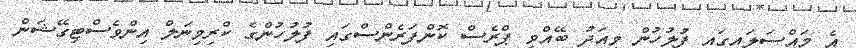
އެ މައްސަލައިގައި ފުލުހުން މިއަދު ބޭއްވި ޕްރެސް ކޮންފަރެންސްގައި ފުލުހުންގެ ކްރިމިނަލް އިންވެސްޓިގޭޝަން